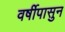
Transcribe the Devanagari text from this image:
वर्षीपासुन